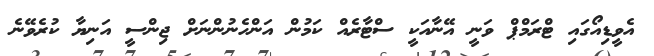
އެވީޑިއޯގައި ޓްރަމްޕް ވަނީ އޭނާއަކީ ސްޓާރެއް ކަމުން އަންހެނުންނަށް ޖިންސީ އަނިޔާ ކުރެވޭނެ